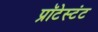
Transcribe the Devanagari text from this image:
प्रॉटेस्टंट